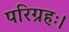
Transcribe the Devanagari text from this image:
परिग्रहः।